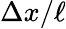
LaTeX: \Delta x/\ell